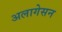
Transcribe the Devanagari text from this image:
अलागेसन